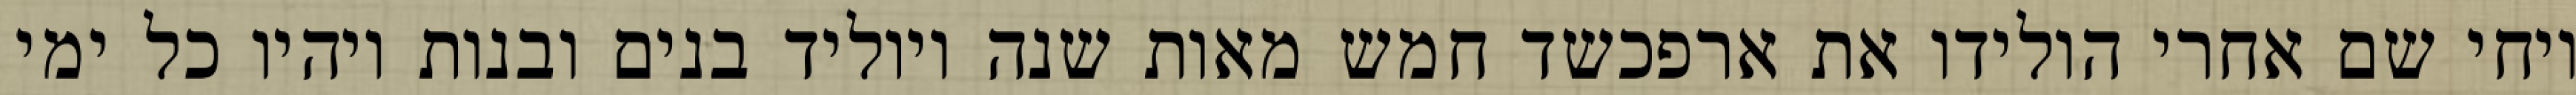
ויחי שם אחרי הולידו את ארפכשד חמש מאות שנה ויוליד בנים ובנות ויהיו כל ימי